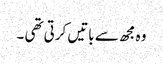
وہ مجھ سے باتیں کرتی تھی ۔